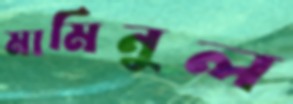
মামিনুল